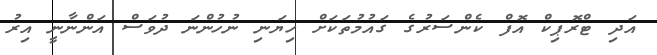
އަދި ޓްރޮޕިކް އޮފް ކެންސަރުގެ ގައުމުތަކަށް ހިޔަނި ނުހުންނަ ދުވަސް އަންނާނީ އިރު